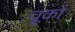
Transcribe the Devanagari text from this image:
चू्कों